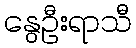
နွေဦးရာသီ